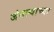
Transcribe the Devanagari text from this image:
जंगल्याच्या